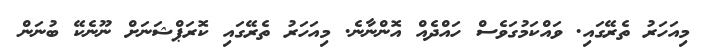
މިއަހަރު ތެރޭގައި. ވައްކަމުގަވެސް ހައްދެއް އޮންނާނެ. މިއަހަރު ތެރޭގައި ކޮރަޕްޝަނަށް ނޫނެކޭ ބުނަން